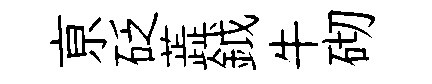
亰砭蕋鉞牛砌